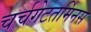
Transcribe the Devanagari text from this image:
चर्चगेटतर्मिनस